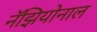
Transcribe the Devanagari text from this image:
नॅझियोनाल